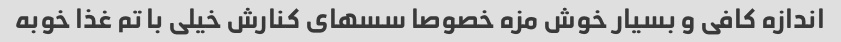
اندازه کافی و بسیار خوش مزه خصوصا سسهای کنارش خیلی با تم غذا خوبه